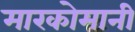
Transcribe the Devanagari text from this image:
मारकोमानी